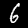
Label: 6